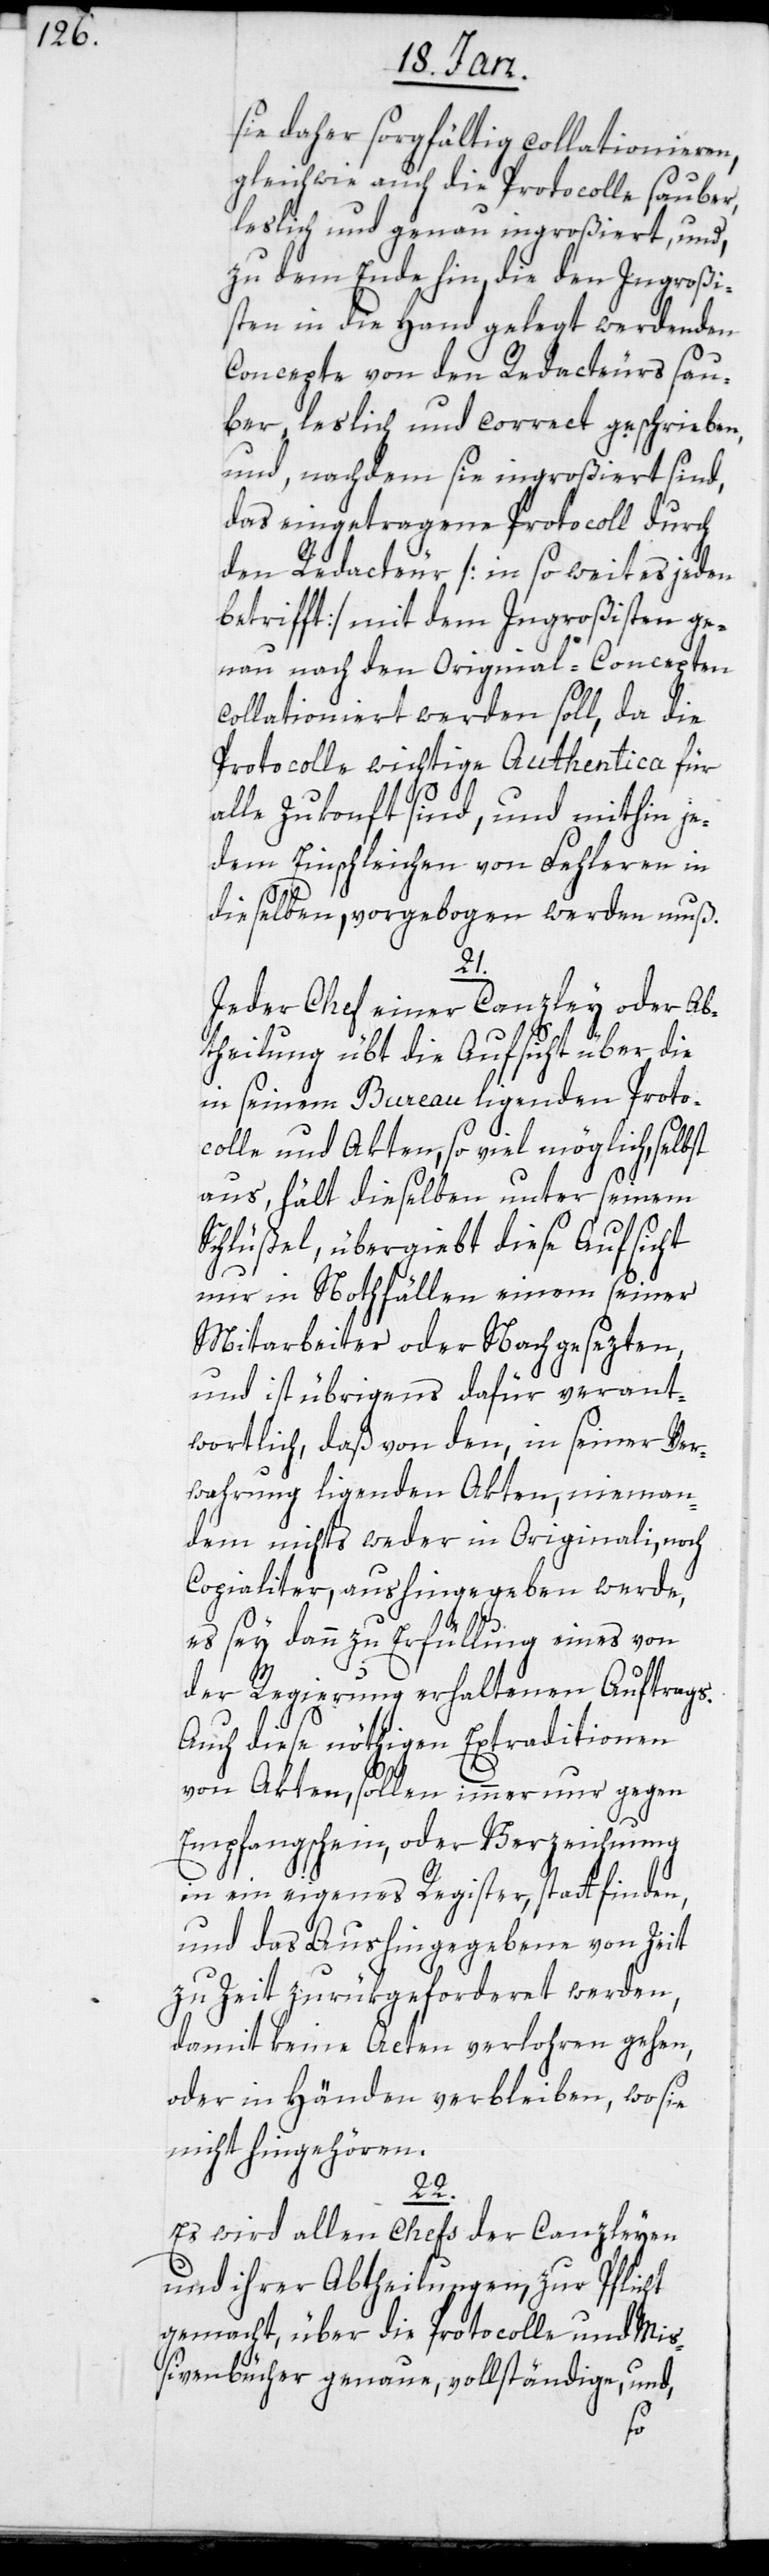
sie daher sorgfältig collectionieren,
gleichwie auch die Protocolle sauber,
leslich und genau ingroßiert, und,
zu dem Ende hin, die den Ingroßi¬
sten in die Hand gelegt werdenden
Concepte von den Redacteurs sau¬
ber, leslich und correct geschrieben,
und, nachdem sie ingroßiert sind,
das eingetragene Protocoll durch
den Redacteur [in so weit es jeden
betrifft] mit dem Ingroßisten ge¬
nau nach den Original-Concepten
collationiert werden soll, da die
Protocolle wichtige Authentica für
alle Zukonft sind, und mithin je¬
dem Einschleichen von Fehleren in
dieselben, vorgebogen werden muß.
21.
Jeder Chef einer Canzley oder Ab¬
theilung übt die Aufsicht über die
in seinem Bureau ligenden Proto¬
colle und Akten, so viel möglich, selbst
aus, hält dieselben unter seinem
Schlüßel, übergiebt diese Aufsicht
nur in Nothfällen einem seiner
Mitarbeiter oder Nachgesezten,
und ist übrigens dafür verant¬
wortlich, daß von den, in seiner Ver¬
wahrung ligenden Akten, nieman¬
dem nichts weder in Originali, noch
Copialiter, aushingegeben werde,
es sey dann zu Erfüllung eines von
der Regierung erhaltenen Auftrags.
Auch diese nöthigen Extraditionen
von Akten, sollen immer nur gegen
Empfangsschein, oder Verzeichnung
in ein eigenes Register stattfinden,
und das Aushingegebene von Zeit
zu Zeit zurükgeforderet werden,
damit keine Acten verlohren gehen,
oder in Händen verbleiben, wo sie
nicht hingehören.
22.
Es wird allen Chefs der Canzleyen
und ihrer Abtheilungen, zur Pflicht
gemacht, über die Protocolle und Miß¬
ivenbücher genaue, vollständige und,